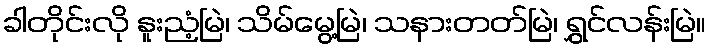
ခါတိုင်းလို နူးညံ့မြဲ၊ သိမ်မွေ့မြဲ၊ သနားတတ်မြဲ၊ ရွှင်လန်းမြဲ။